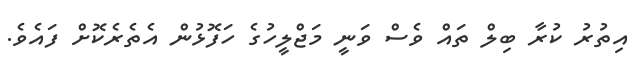
އިތުރު ކުރާ ބިލް ތައް ވެސް ވަނީ މަޖްލީހުގެ ހަފޮޅުން އެތެރެކޮށް ފައެވެ.